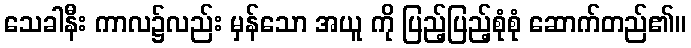
သေခါနီး ကာလ၌လည်း မှန်သော အယူ ကို ပြည့်ပြည့်စုံစုံ ဆောက်တည်၏။